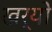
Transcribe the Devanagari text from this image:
खर्यो